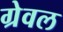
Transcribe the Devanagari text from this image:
ग्रेवल